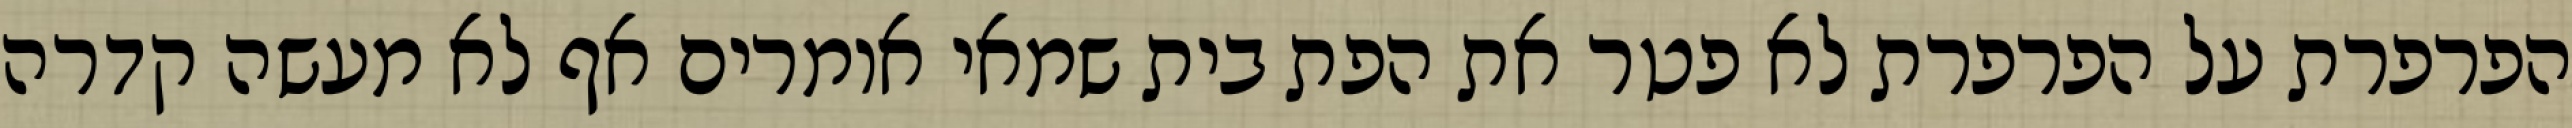
הפרפרת על הפרפרת לא פטר את הפת בית שמאי אומרים אף לא מעשה קדרה